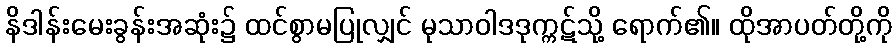
နိဒါန်းမေးခွန်းအဆုံး၌ ထင်စွာမပြုလျှင် မုသာဝါဒဒုက္ကဋ်သို့ ရောက်၏။ ထိုအာပတ်တို့ကို